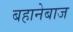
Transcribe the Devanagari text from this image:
बहानेबाज